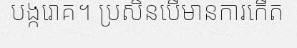
បង្ករោគ។ ប្រសិនបើមានការកើត